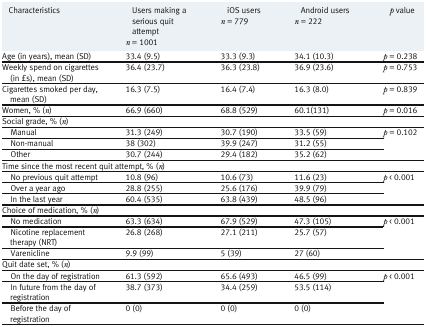
| Characteristics | Users making a serious quit attemptn = 1001 | iOS usersn = 779 | Android usersn = 222 | p value |
 | --- | --- | --- | --- | --- |
 | Age (in years), mean (SD) | 33.4 (9.5) | 33.3 (9.3) | 34.1 (10.3) | p = 0.238 |
 | Weekly spend on cigarettes (in £s), mean (SD) | 36.4 (23.7) | 36.3 (23.8) | 36.9 (23.6) | p = 0.753 |
 | Cigarettes smoked per day, mean (SD) | 16.3 (7.5) | 16.4 (7.4) | 16.3 (8.0) | p = 0.839 |
 | Women, % (n) | 66.9 (660) | 68.8 (529) | 60.1(131) | p = 0.016 |
 | <COLSPAN=5> Social grade, % (n) |
 | Manual | 31.3 (249) | 30.7 (190) | 33.5 (59) | <ROWSPAN=3> p = 0.102 |
 | Non-manual | 38 (302) | 39.9 (247) | 31.2 (55) |
 | Other | 30.7 (244) | 29.4 (182) | 35.2 (62) |
 | <COLSPAN=5> Time since the most recent quit attempt, % (n) |
 | No previous quit attempt | 10.8 (96) | 10.6 (73) | 11.6 (23) | <ROWSPAN=3> p < 0.001 |
 | Over a year ago | 28.8 (255) | 25.6 (176) | 39.9 (79) |
 | In the last year | 60.4 (535) | 63.8 (439) | 48.5 (96) |
 | <COLSPAN=5> Choice of medication, % (n) |
 | No medication | 63.3 (634) | 67.9 (529) | 47.3 (105) | <ROWSPAN=3> p < 0.001 |
 | Nicotine replacement therapy (NRT) | 26.8 (268) | 27.1 (211) | 25.7 (57) |
 | Varenicline | 9.9 (99) | 5 (39) | 27 (60) |
 | <COLSPAN=5> Quit date set, % (n) |
 | On the day of registration | 61.3 (592) | 65.6 (493) | 46.5 (99) | <ROWSPAN=3> p < 0.001 |
 | In future from the day of registration | 38.7 (373) | 34.4 (259) | 53.5 (114) |
 | Before the day of registration | 0 (0) | 0 (0) | 0 (0) |